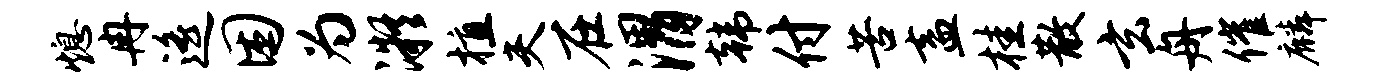
熄冉遥困为凝植夫在渭韩付苦盍桂散玄舟催麟